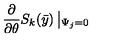
\frac { \partial } { \partial \theta } S _ { k } ( \bar { y } ) \left| _ { \Psi _ { j } = 0 } \right.